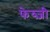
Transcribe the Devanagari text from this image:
फेव्ज़ी